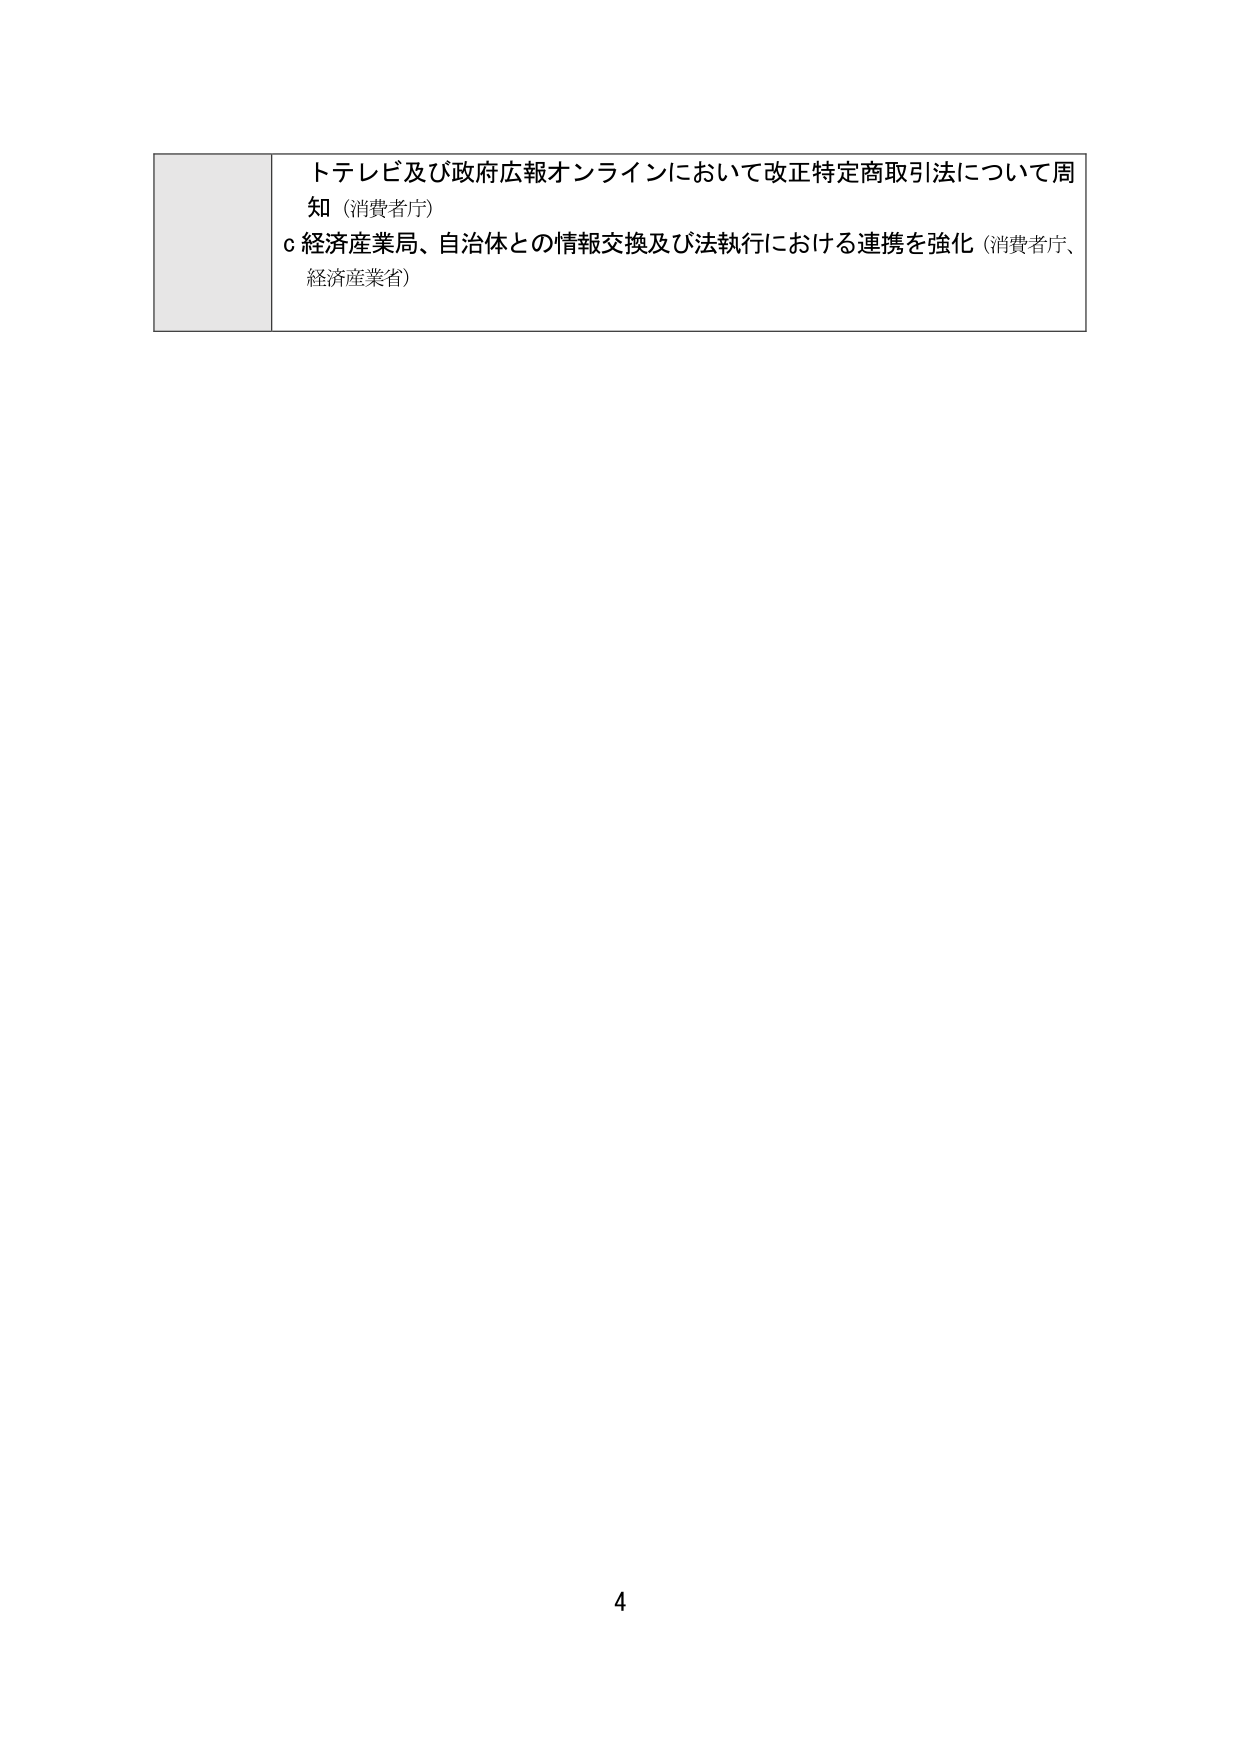
トテレビ及び政府広報オンラインにおいて改正特定商取引法について周知（消費者庁）
ｃ 経済産業局、自治体との情報交換及び法執行における連携を強化（消費者庁、経済産業省）
4